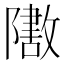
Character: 𬯟